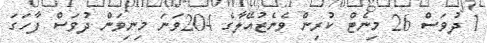
1 ދުވަސް 26 މިނެޓް ކުރިން ވެނެޒުއޭލާގެ 204ވަނަ މިނިވަން ދުވަސް ފާހަގަ